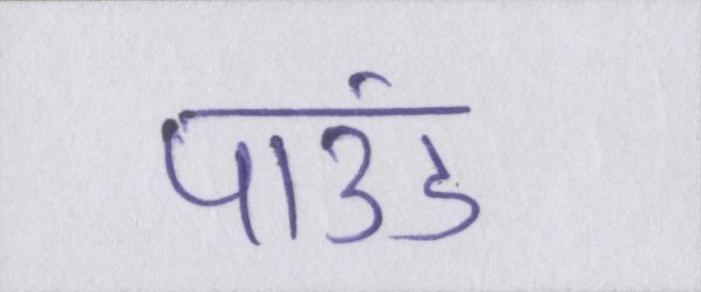
पाउंड